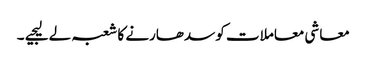
معاشی معاملات کو سدھارنے کا شعبہ لے لیجیے ۔